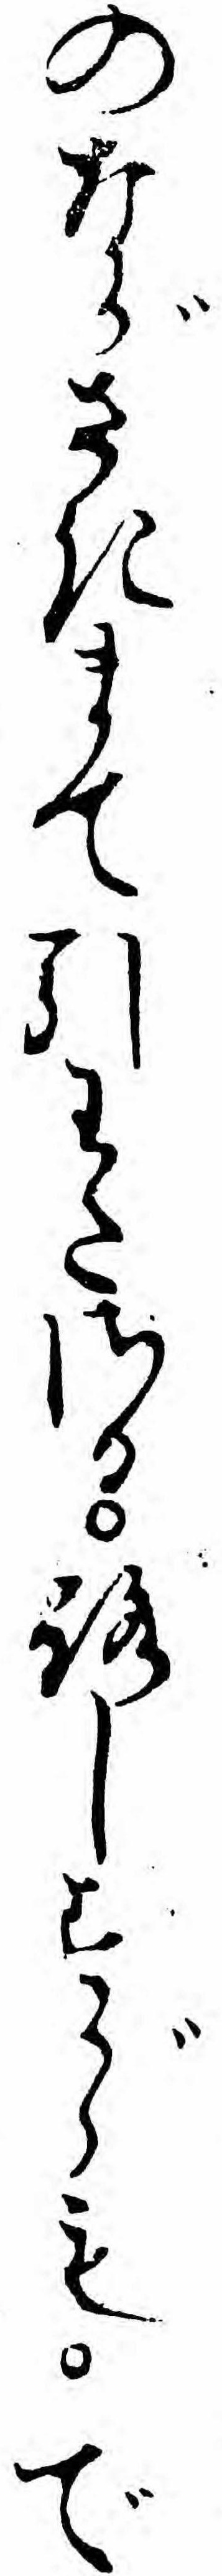
のながさきまて引わたさるろしすがらもで